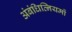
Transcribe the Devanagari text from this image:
अंबंधित्नियमों